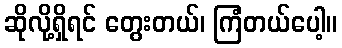
ဆိုလို့ရှိရင် တွေးတယ်၊ ကြံတယ်ပေါ့။